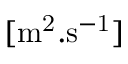
\mathrm { [ m ^ { 2 } . s ^ { - 1 } ] }